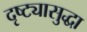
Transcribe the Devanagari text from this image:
दृष्ट्यासुद्धा